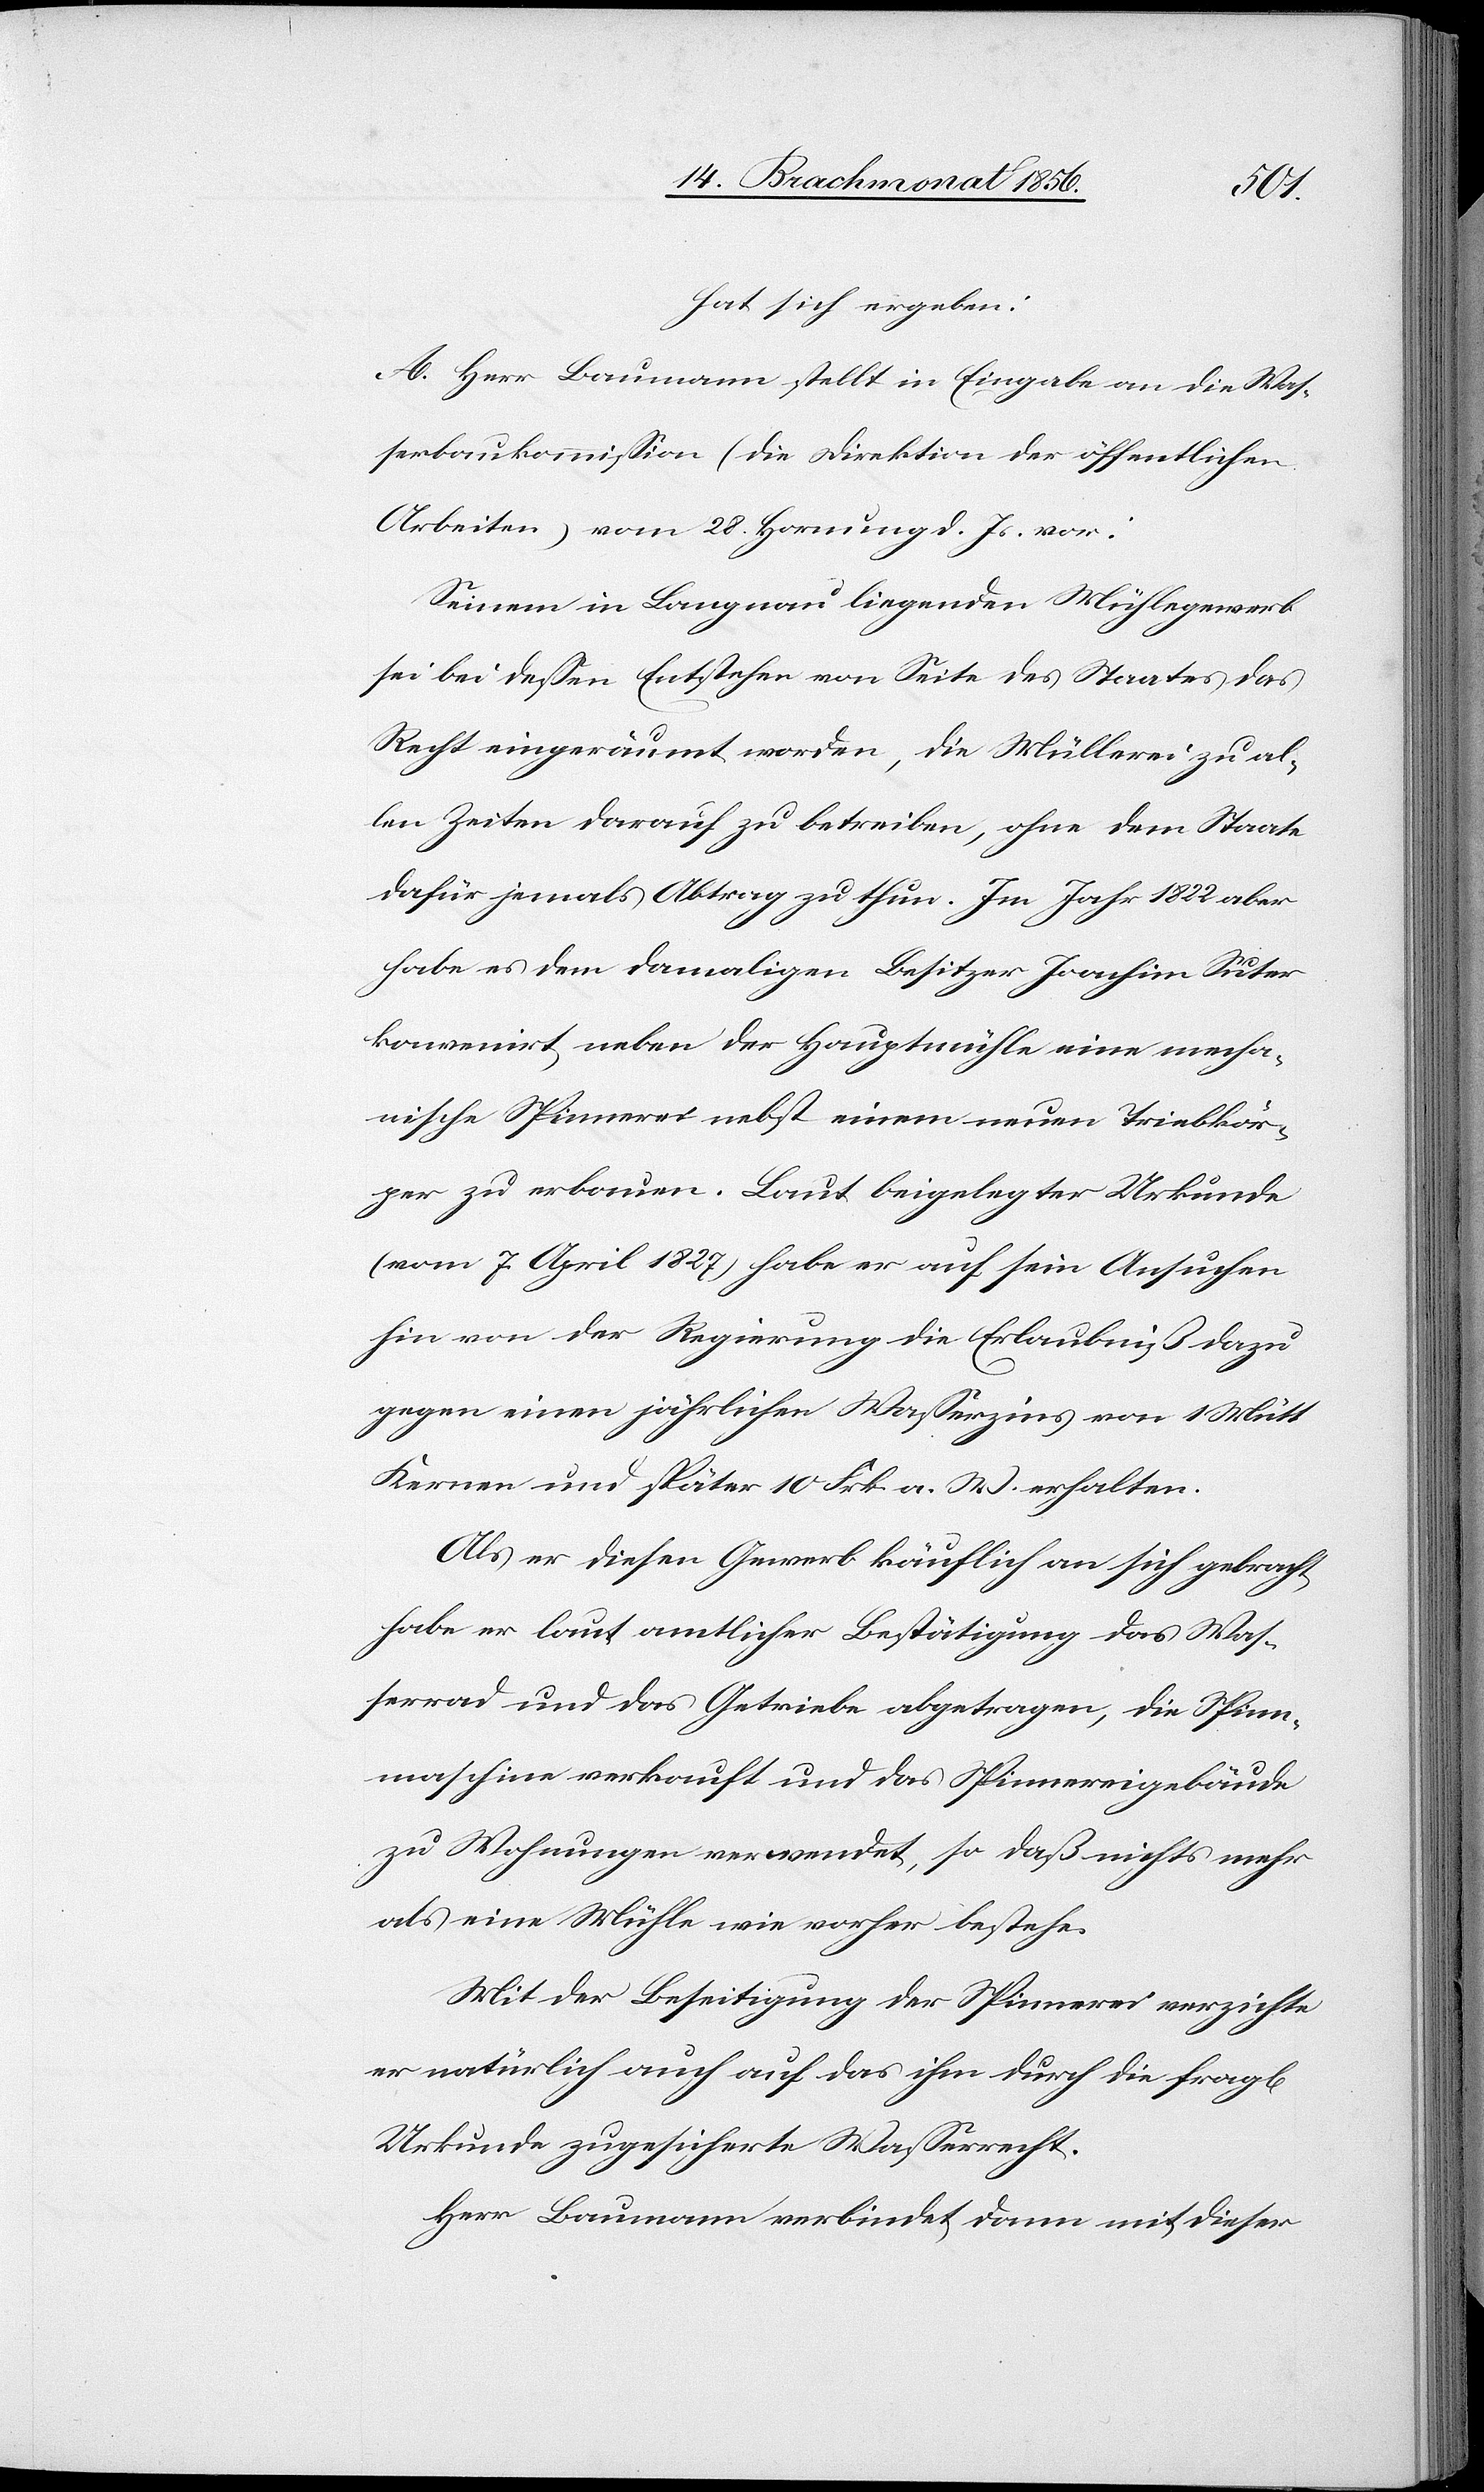
che]
hat sich ergeben:
A. Herr Baumann stellt in Eingabe an die Was¬
serbaukommission (die Direktion der öffentlichen
Arbeiten) vom 28. Hornung d. Js. vor:
Seinem in Langnau liegenden Mühlegewerb
sei bei dessen Entstehen von Seite des Staates das
Recht eingeräumt worden, die Müllerei zu al¬
len Zeiten darauf zu betreiben, ohne dem Staate
dafür jemals Abtrag zu thun. Im Jahr 1822 aber
habe es dem damaligen Besitzer Joachim Suter
konvenirt, neben der Hauptmühle eine mecha¬
nische Spinnerei nebst einem neuen Triebkör¬
per zu erbauen. Laut beigelegter Urkunde
(vom 7. April 1827) habe er auf sein Ansuchen
hin von der Regierung die Erlaubniß dazu
gegen einen jährlichen Wasserzins von 1 Mütt
Kernen und später 10 Frk. a. W. erhalten.
Als er diesen Gewerb käuflich an sich gebracht,
habe er laut amtlicher Bestätigung das Was¬
serrad und das Getriebe abgetragen, die Spin¬
nmaschine verkauft und das Spinnereigebäude
zu Wohnungen verwendet, so daß nichts mehr
als eine Mühle wie vorher bestehe.
Mit der Beseitigung der Spinnerei verzichte
er natürlich auch auf das ihm durch die fragl[i¬
Urkunde zugesicherte Wasserrecht.
Herr Baumann verbindet dann mit dieser